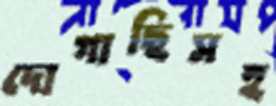
দোগাছিসহ